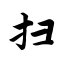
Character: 扫